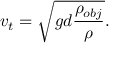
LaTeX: v _ { t } = { \sqrt { g d { \frac { \rho _ { o b j } } { \rho } } } } .